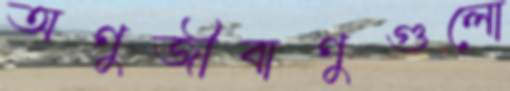
অণুজীবাণুগুলো